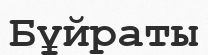
Бұйраты